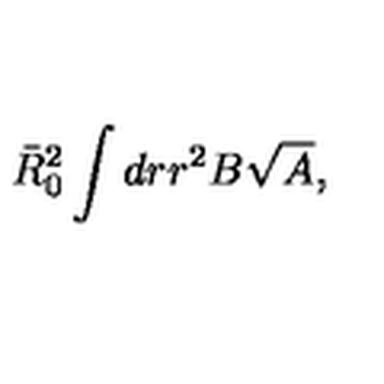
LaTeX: \bar { R } _ { 0 } ^ { 2 } \int d r r ^ { 2 } B \sqrt { A } ,